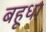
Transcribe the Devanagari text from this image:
बहूधा